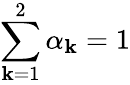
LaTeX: \sum_{\mathbf{k}=1}^{2}\alpha_{\mathbf{k}}=1